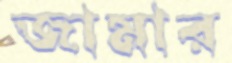
জামার